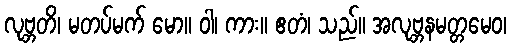
လုဗ္ဘတိ၊ မတပ်မက် မော။ ဝါ၊ ကား။ ဧတံ၊ သည်။ အလုဗ္ဘနမတ္တမေဝ၊